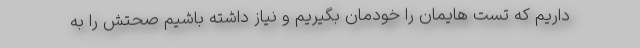
داریم که تست هایمان را خودمان بگیریم و نیاز داشته باشیم صحتش را به